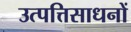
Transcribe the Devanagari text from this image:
उत्पत्तिसाधनों